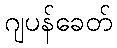
ဂျပန်ခေတ်